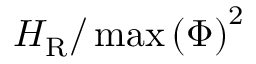
H _ { \mathrm { R } } / \operatorname* { m a x } { ( \Phi ) } ^ { 2 }